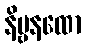
နိဗ္ဗနထော